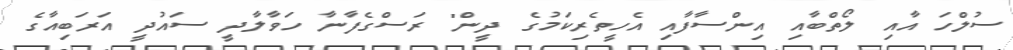
ސުލްހަ އާއި ލޯތްބާއި އިންސާފާއި އެހީތެރިކަމުގެ ދީން" ރަސްގެފާނާ ހަވާލާދީ ސައުދީ އަރަބިއާގެ